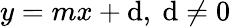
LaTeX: y=mx+\mathrm{d},\ \mathrm{d}\neq0